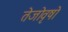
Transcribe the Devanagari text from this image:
तेजोवृषो